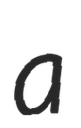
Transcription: a